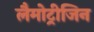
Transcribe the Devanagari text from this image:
लैमोट्रीजिन